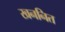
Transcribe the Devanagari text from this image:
खननित